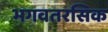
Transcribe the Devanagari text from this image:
भगवतरसिक